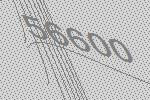
56600